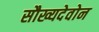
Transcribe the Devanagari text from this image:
सौख्यदेवोन